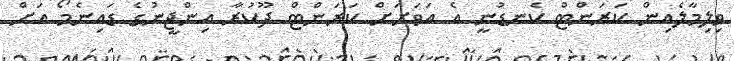
ވިލިމާލެއިން ކަރަންޓް ކެނޑުނީ އެ އަވަށަށް ކަރަންޓް ދޫކުރާ އިންޖީނުގެ ޑައިނެމޯ އަށް